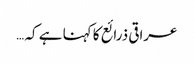
عراقی ذرائع کا کہنا ہے کہ …